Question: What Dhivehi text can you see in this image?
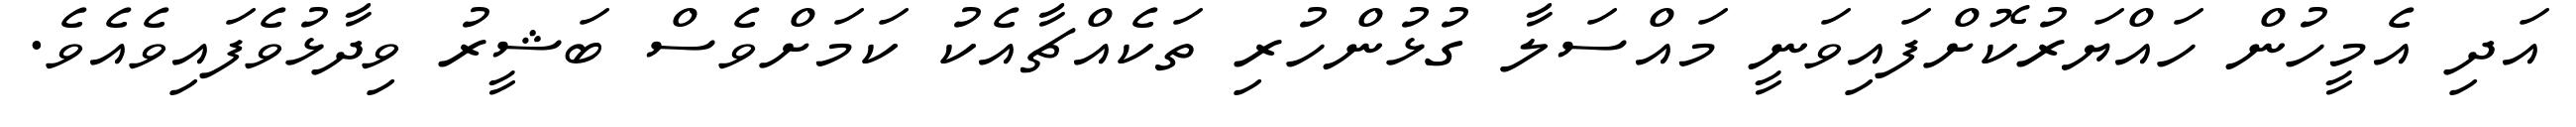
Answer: އަދި އެމީހުން ހައްޔަރުކޮށްފައިވަނީ މައްސަލާ ގުޅުންހުރި ތަކެއްޗާއެކު ކަމަށްވެސް ބަޝީރު ވިދާޅުވެފައިވެއެވެ.